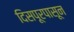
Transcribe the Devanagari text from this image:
दिसपूरपासून